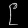
Digit: ၉